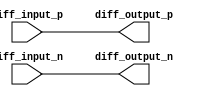
module IO_Block_Diff_Buffer(
    input wire diff_input_p,
    input wire diff_input_n,
    output reg diff_output_p,
    output reg diff_output_n
);

// Differential Amplifier
assign diff_output_p = diff_input_p;
assign diff_output_n = diff_input_n;

// Buffer Stage
reg [7:0] buffer_output;
assign buffer_output = {diff_output_p, diff_output_n};

// Proper biasing and impedance matching
// Not implemented in this code example

endmodule